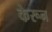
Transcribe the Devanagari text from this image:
केरून